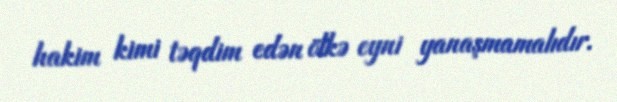
hakim kimi təqdim edən ölkə eyni yanaşmamalıdır.